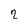
Character: 2